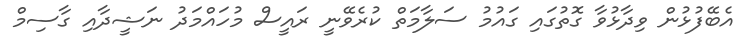
އެބޭފުޅުން ވިދާޅުވާ ގޮތުގައި ގައުމު ސަލާމަތް ކުރެވޭނީ ރައީސް މުހައްމަދު ނަޝީދާއި ގާސިމް